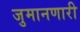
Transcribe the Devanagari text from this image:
जुमानणारी